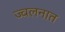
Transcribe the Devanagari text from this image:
ज्वलनात